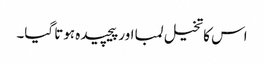
اس کا تخیل لمبا اور پیچیدہ ہوتا گیا۔